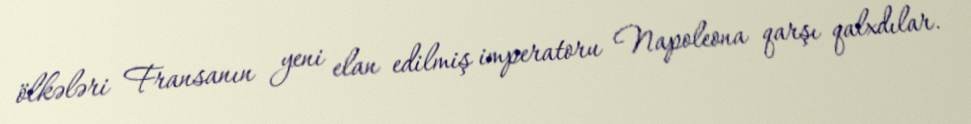
ölkələri Fransanın yeni elan edilmiş imperatoru Napoleona qarşı qalxdılar.